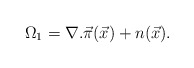
\begin{align*}\Omega_1 = \nabla . \vec \pi (\vec x) + n (\vec x).\end{align*}